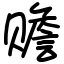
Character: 赡